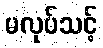
မလုပ်သင့်